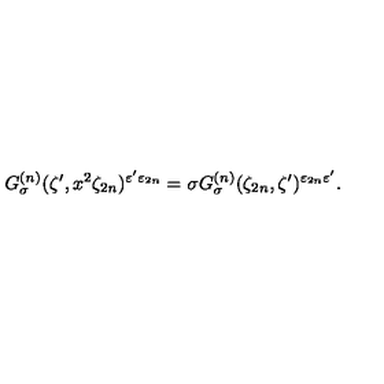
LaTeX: G _ { \sigma } ^ { ( n ) } ( \zeta ^ { \prime } , x ^ { 2 } \zeta _ { 2 n } ) ^ { \varepsilon ^ { \prime } \varepsilon _ { 2 n } } = \sigma G _ { \sigma } ^ { ( n ) } ( \zeta _ { 2 n } , \zeta ^ { \prime } ) ^ { \varepsilon _ { 2 n } \varepsilon ^ { \prime } } .